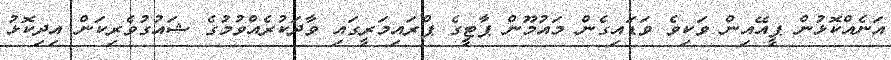
އަނެއްކޮޅުން ޕީއޭއިން ވަކިވެ ވަޑައިގެން މައުމޫން ޕާޓީގެ ޕްރައިމަރީގައި ވާދަކުރެއްވުމުގެ ޝައުގުވެރިކަން އިދިކޮޅު